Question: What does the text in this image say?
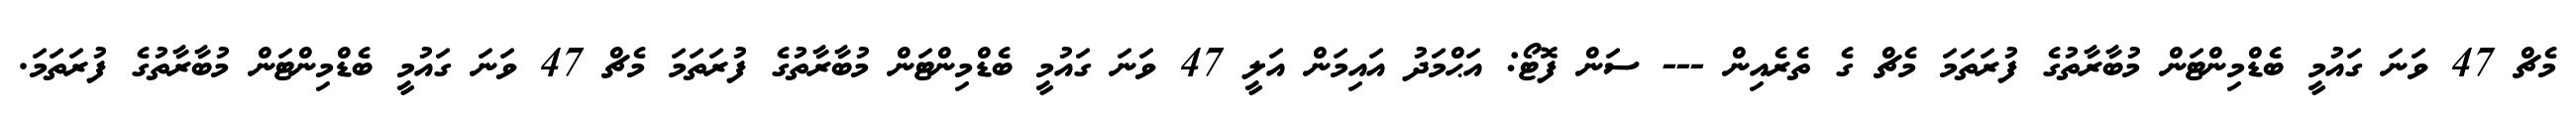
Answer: މެޗް 47 ވަނަ ގައުމީ ބެޑްމިންޓަން މުބާރާތުގެ ފުރަތަމަ މެޗް ގެ ތެރެއިން --- ސަން ފޮޓޯ: އަޙްމަދު އައިމަން އަލީ 47 ވަނަ ގައުމީ ބެޑްމިންޓަން މުބާރާތުގެ ފުރަތަމަ މެޗް 47 ވަނަ ގައުމީ ބެޑްމިންޓަން މުބާރާތުގެ ފުރަތަމަ.